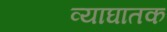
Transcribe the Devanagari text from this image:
व्याघातक